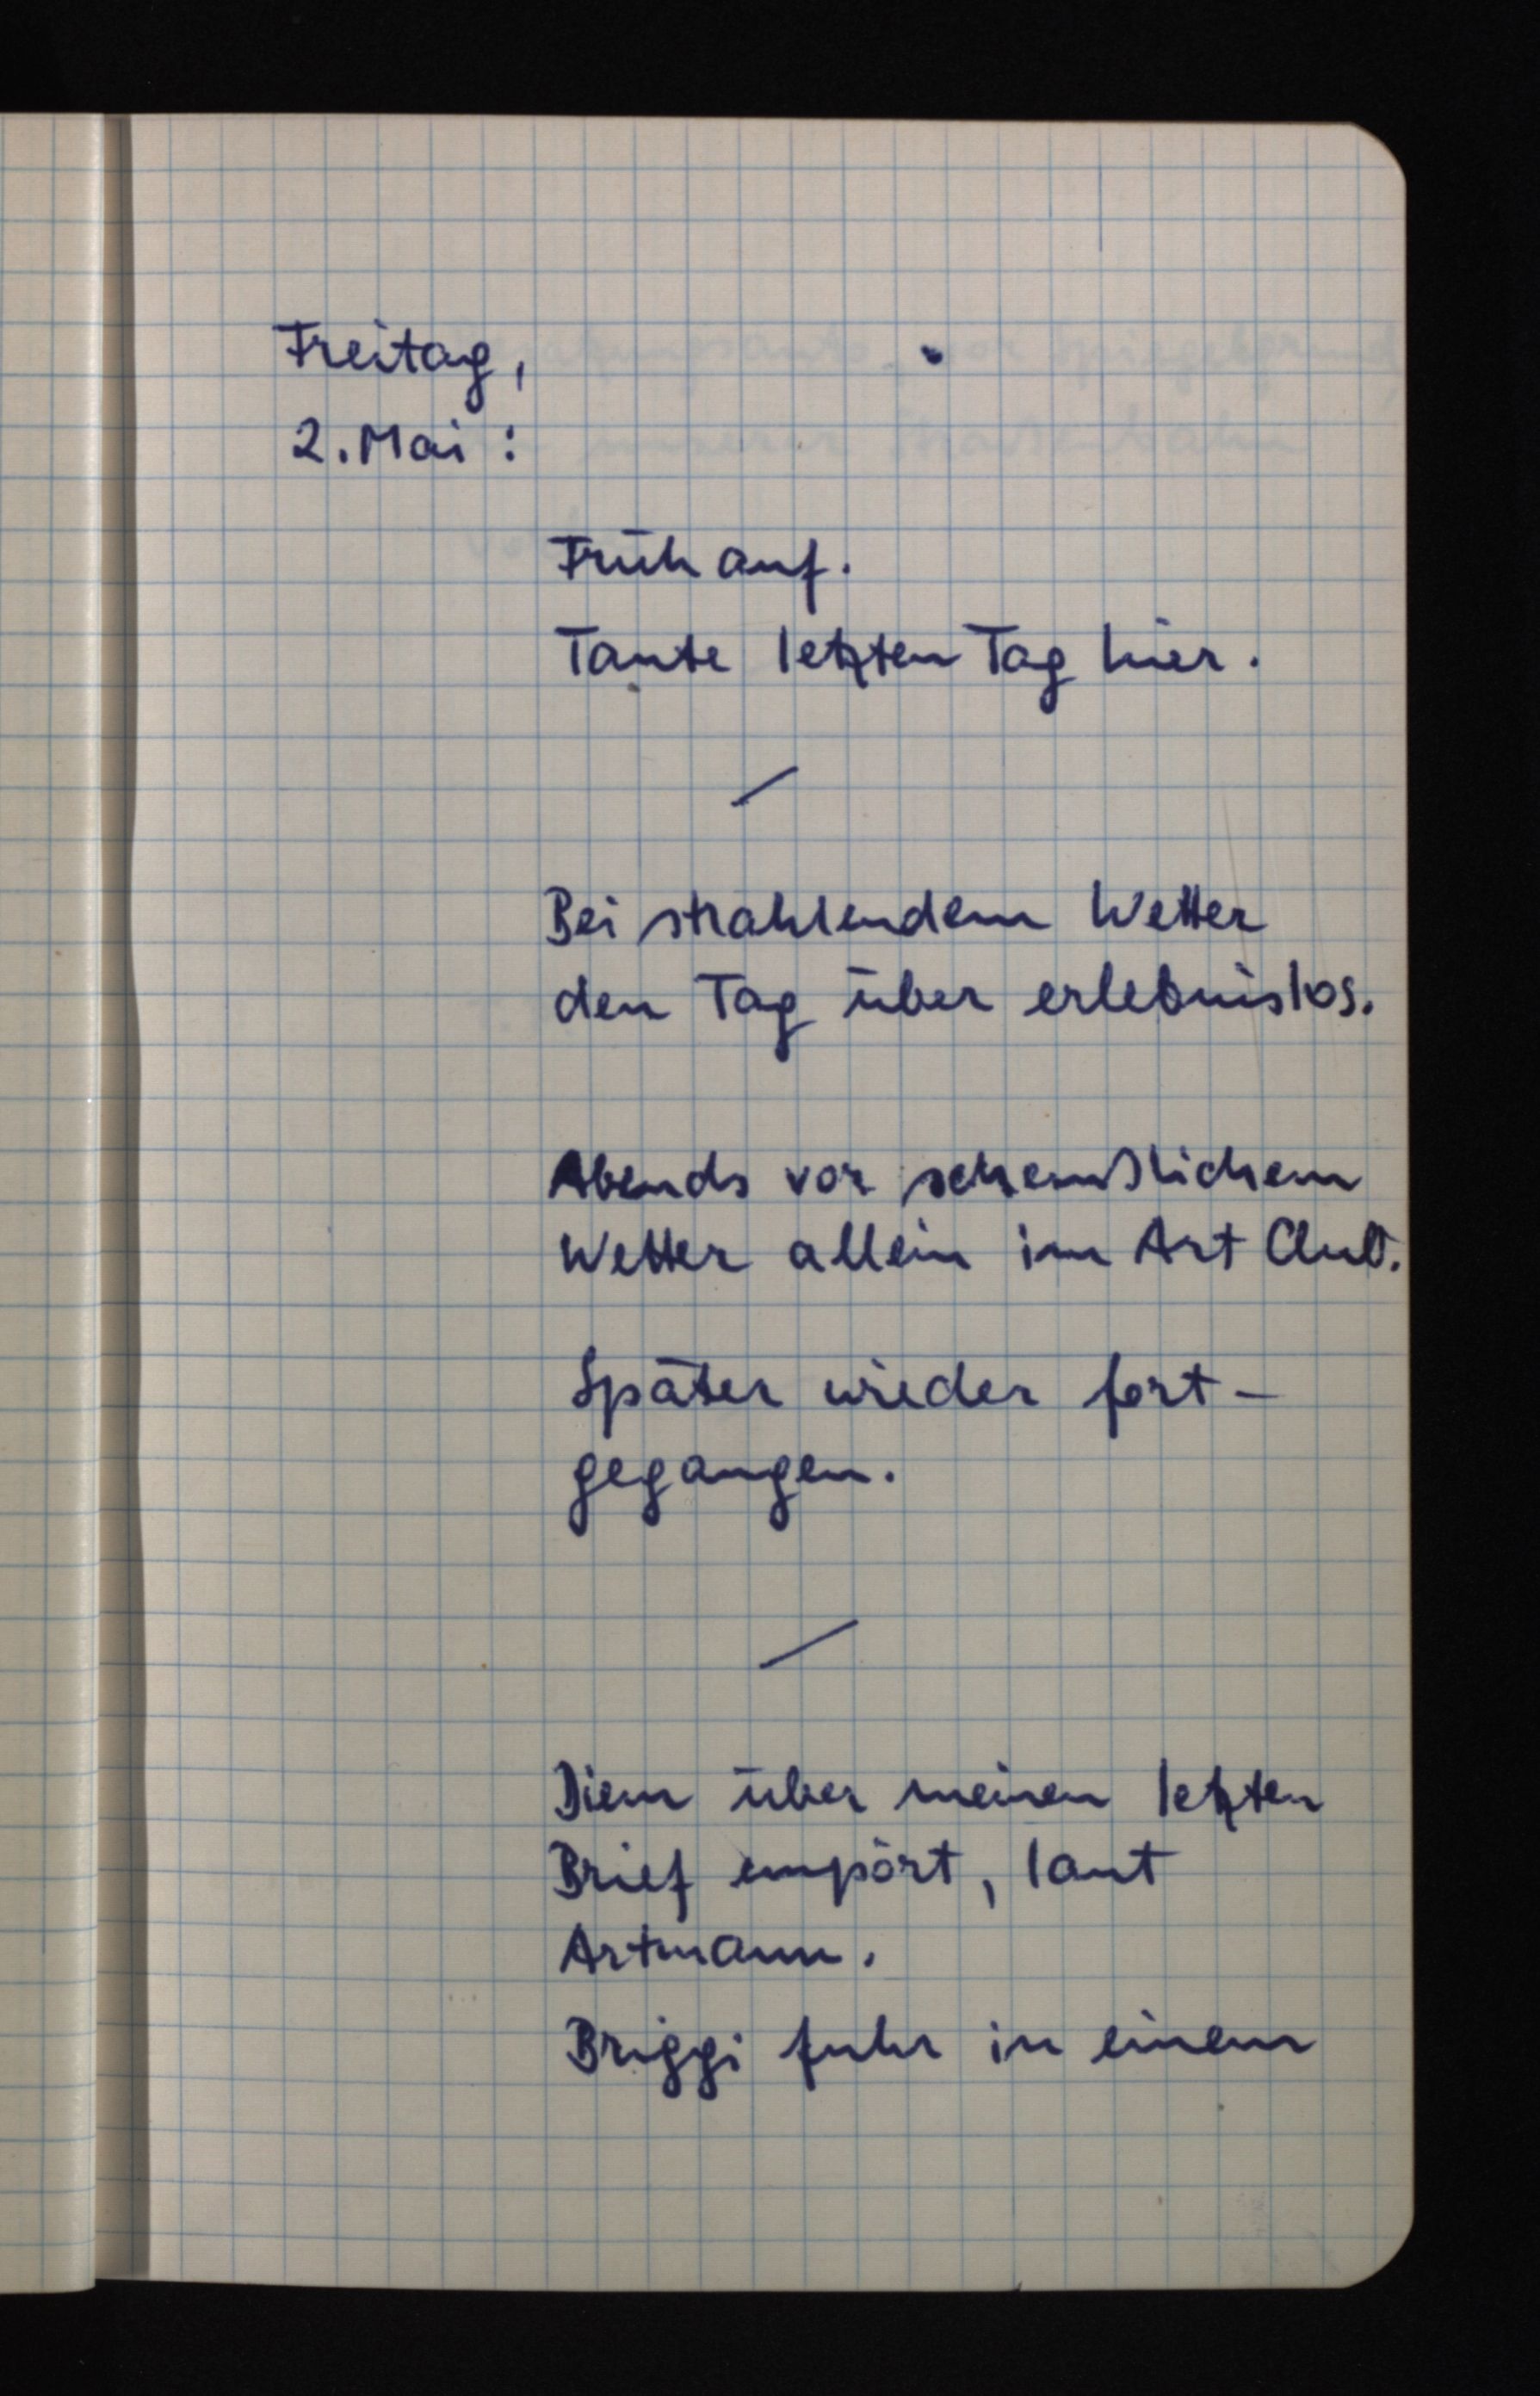
Freitag,
2. Mai:
Früh auf.
Tante letzten Tag hier.
Bei strahlendem Wetter
den Tag über erlebnislos.
Abends vor scheußlichem
Wetter allein im Art Club.
Später wieder fort¬
gegangen.
Diem über meinen letzten
Brief empört, laut
Artmann.
Briggi fuhr in einem